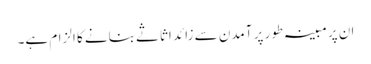
ان پر مبینہ طور پر آمدن سے زائد اثاثے بنانے کا الزام ہے۔